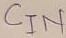
Text: CIN